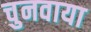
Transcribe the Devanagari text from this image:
चुनवाया